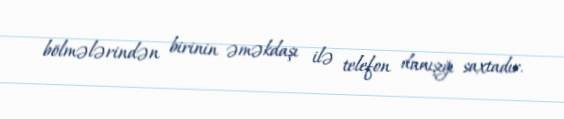
bölmələrindən birinin əməkdaşı ilə telefon danışığı saxtadır.